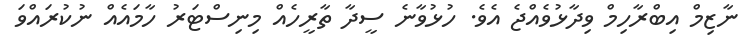
ނާޒިމް އިބްރާހިމް ވިދާޅުވެއްޖެ އެވެ. ހުޅުވާނެ ސީދާ ތާރީހެއް މިނިސްޓަރު ހާމައެއް ނުކުރައްވަ